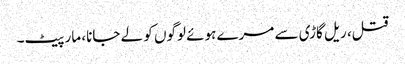
قتل، ریل گاڑی سے مرے ہوئے لوگوں کو لے جانا، مار پیٹ۔